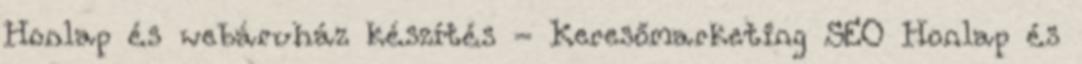
Honlap és webáruház készítés - Keresőmarketing SEO Honlap és